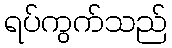
ရပ်ကွက်သည်